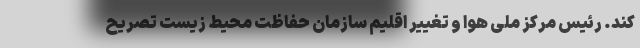
کند. رئیس مرکز ملی هوا و تغییر اقلیم سازمان حفاظت محیط زیست تصریح